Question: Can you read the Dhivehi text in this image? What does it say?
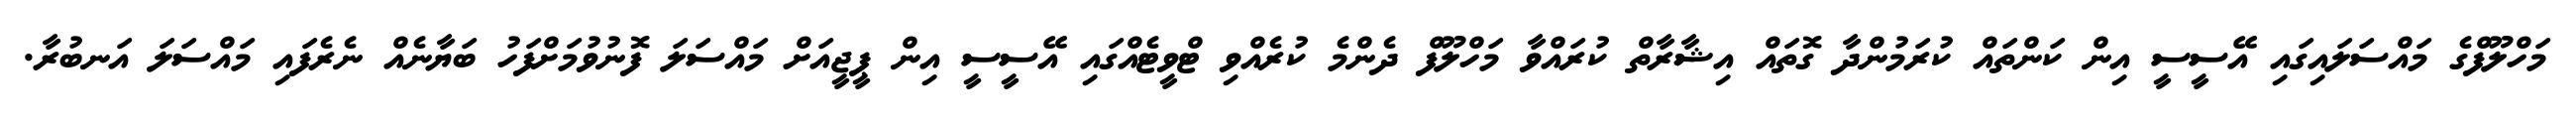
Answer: މަހްލޫފްގެ މައްސަލައިގައި އޭސީސީ އިން ކަންތައް ކުރަމުންދާ ގޮތައް އިޝާރާތް ކުރައްވާ މަހްލޫފް ދެންމެ ކުރެއްވި ޓްވީޓެއްގައި އޭސީސީ އިން ޕީޖީއަށް މައްސަލަ ފޮނުވުމަށްފަހު ބަޔާނެއް ނެރެފައި މައްސަލަ އަނބުރާ.